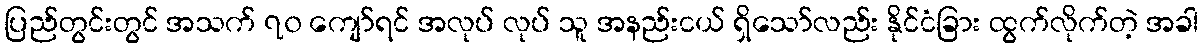
ပြည်တွင်းတွင် အသက် ၇၀ ကျော်ရင် အလုပ် လုပ် သူ အနည်းငယ် ရှိသော်လည်း နိုင်ငံခြား ထွက်လိုက်တဲ့ အခါ